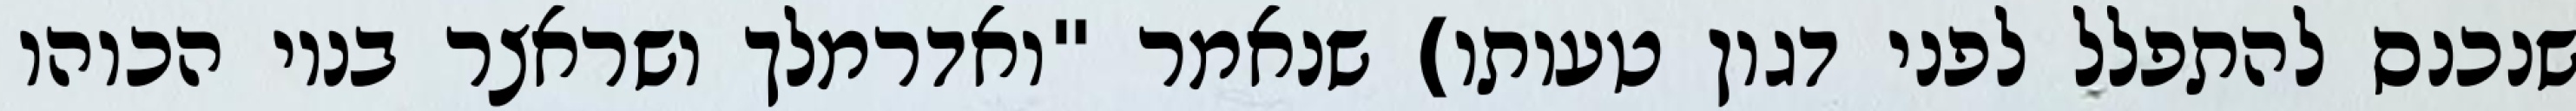
שנכנס להתפלל לפני דגון טעותו) שנאמר "ואדרמלך ושראצר בניו הכוהו